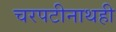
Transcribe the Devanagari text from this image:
चरपटीनाथही